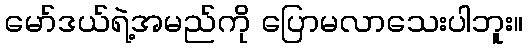
မော်ဒယ်ရဲ့အမည်ကို ပြောမလာသေးပါဘူး။